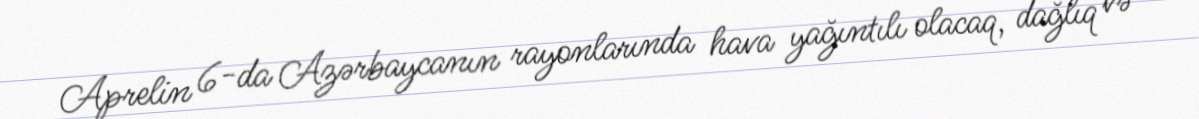
Aprelin 6-da Azərbaycanın rayonlarında hava yağıntılı olacaq, dağlıq və